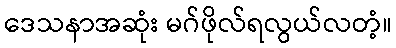
ဒေသနာအဆုံး မဂ်ဖိုလ်ရလွယ်လတံ့။